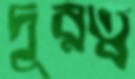
দূরত্ব